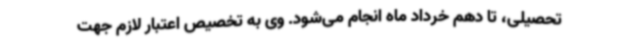
تحصیلی، تا دهم خرداد ماه انجام می‌شود. وی به تخصیص اعتبار لازم جهت